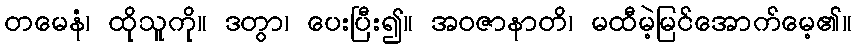
တမေနံ၊ ထိုသူကို။ ဒတွာ၊ ပေးပြီး၍။ အဝဇာနာတိ၊ မထီမဲ့မြင်အောက်မေ့၏။